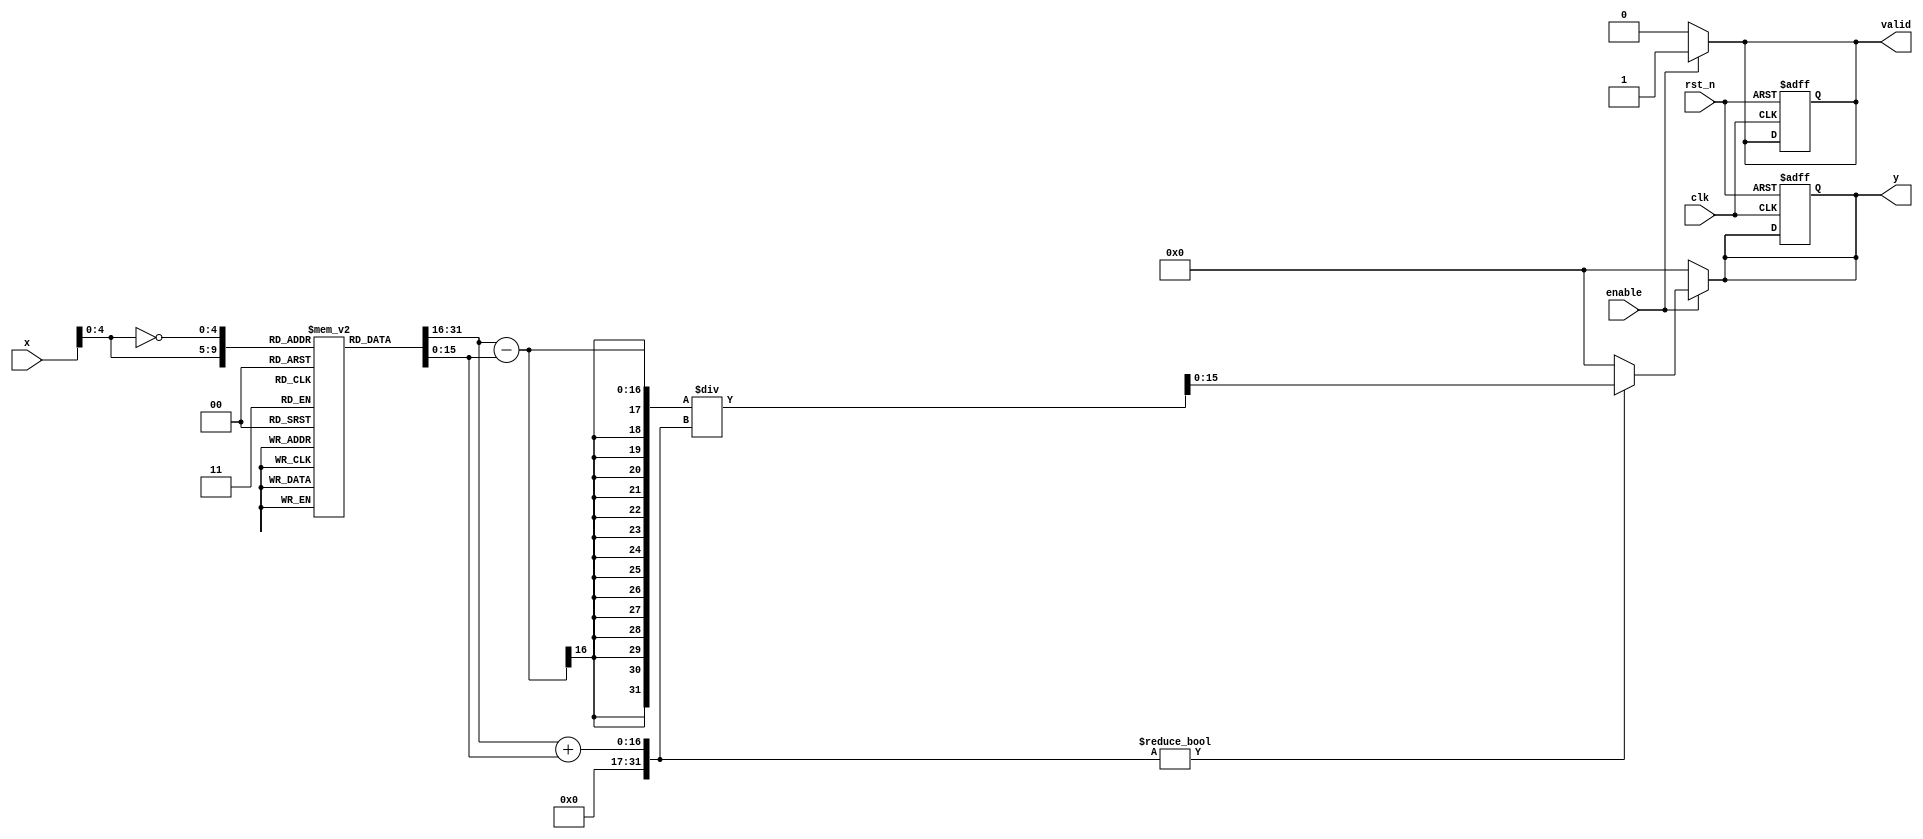
module tanh_block (
    input  wire [15:0] x,       // Input value (16-bit signed fixed-point)
    input  wire        clk,      // Clock signal
    input  wire        rst_n,    // Active-low reset
    input  wire        enable,    // Enable signal
    output reg  [15:0] y,        // Output value (16-bit signed fixed-point)
    output reg         valid      // Valid signal
);

// Internal signals
reg [15:0] exp_x;              // e^x
reg [15:0] exp_neg_x;          // e^(-x)
reg [31:0] numerator;           // For calculation of numerator
reg [31:0] denominator;         // For calculation of denominator

// Lookup table for e^x (for example purposes, values could be calculated/optimized)
reg [15:0] exp_lut [0:31];     // A small LUT for example, should be larger for real implementation

// Initial values for exponential lookup table
initial begin
    // Pre-compute LUT values for e^x in fixed-point representation
    exp_lut[0]  = 16'h0001; // e^0
    exp_lut[1]  = 16'h0001; // just an example, improve with actual values
    // Fill in the LUT with appropriate values for e^x
    // ...
end

// Combinational logic to calculate tanh
always @(*) begin
    if (enable) begin
        // Get e^x and e^(-x) using the LUT
        exp_x = exp_lut[x[4:0]];        // Example indexing, x needs to be properly scaled
        exp_neg_x = exp_lut[~x[4:0]];   // Example for e^(-x)

        // Calculate numerator and denominator
        numerator = {16'b0, exp_x} - {16'b0, exp_neg_x}; // e^x - e^(-x)
        denominator = {16'b0, exp_x} + {16'b0, exp_neg_x}; // e^x + e^(-x)

        // Division to get tanh value
        if (denominator != 0) begin
            y = numerator / denominator; // Perform fixed-point division
        end else begin
            y = 16'h0000; // Handle division by zero case
        end
        
        valid = 1'b1; // Signal that output is valid
    end else begin
        y = 16'h0000; // Default output
        valid = 1'b0; // Not valid
    end
end

// Sequential logic for control
always @(posedge clk or negedge rst_n) begin
    if (!rst_n) begin
        y <= 16'h0000; // Reset output
        valid <= 1'b0; // Reset valid flag
    end
end

endmodule